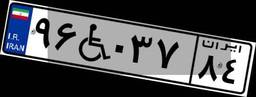
۶۶W۳۳۵۹۰